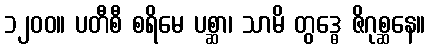
၁၂၀၀။ ပတီစီ စရိမေ ပစ္ဆာ၊ သာမိ တွဒ္ဓေ ဇိဂုစ္ဆနေ။